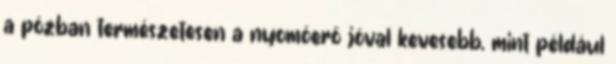
a pózban természetesen a nyomóerő jóval kevesebb, mint például